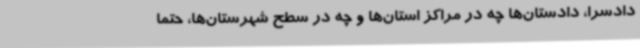
دادسرا، دادستان‌ها چه در مراکز استان‌ها و چه در سطح شهرستان‌ها، حتما